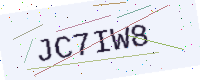
Text: JC7IW8